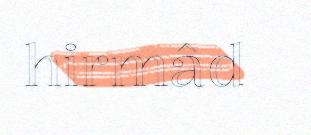
hirmâd